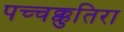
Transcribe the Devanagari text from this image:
पच्चक्कुतिरा